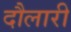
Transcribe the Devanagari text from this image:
दौलारी